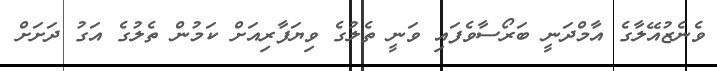
ވެނެޒުއޭލާގެ އާމްދަނީ ބަރޯސާވެފައި ވަނީ ތެލުގެ ވިޔަފާރިއަށް ކަމުން ތެލުގެ އަގު ދަށަށް